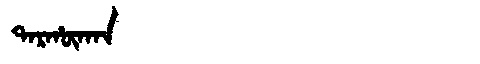
Manchu: ᡨᠠᡵᡥᡡᡴᠠᠨ
Romanization: TARHŪKAN